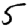
Digit: 5